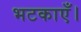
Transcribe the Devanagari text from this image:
भटकाएँ।